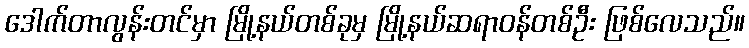
ဒေါက်တာလွန်းတင်မှာ မြို့နယ်တစ်ခုမှ မြို့နယ်ဆရာဝန်တစ်ဦး ဖြစ်လေသည်။